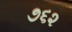
૭૬૨